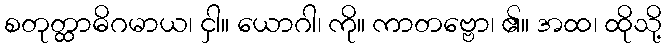
စတုတ္ထာဓိဂမာယ၊ ငှါ။ ယောဂါ၊ ကို။ ကာတဗ္ဗော၊ ၏။ အထ၊ ထိုသို့